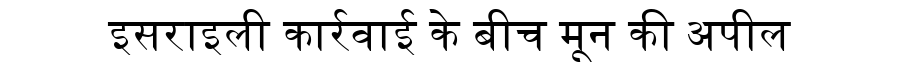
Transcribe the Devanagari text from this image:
इसराइली कार्रवाई के बीच मून की अपील